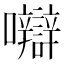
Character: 𡅼